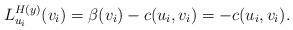
LaTeX: \begin{align*}L_{u_i}^{H(y)} (v_i) = \beta (v_i) - c (u_i, v_i) = - c (u_i, v_i).\end{align*}